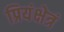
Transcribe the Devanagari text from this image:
प्रियंक्षेत्रं